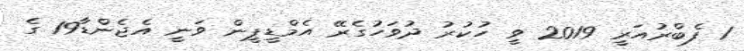
1 ފެބްރުއަރީ 2019 ވީ ހުކުރު ދުވަހުގެރޭ އެމްޑީޕީން ވަނީ އެޖެންޑާ19 ގެ